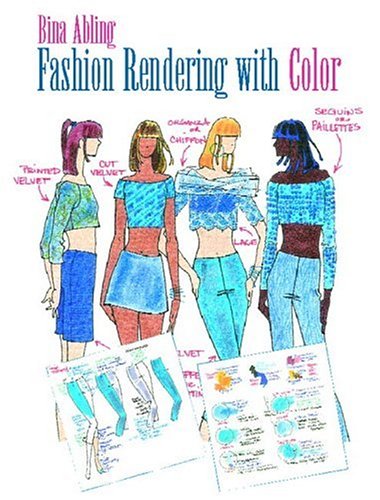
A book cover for Fashion Rendering with Color; Bina Abling; Computers & Technology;